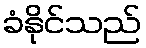
ခံနိုင်သည်